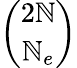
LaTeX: \binom{2\mathbb{N}}{\mathbb{N}_{e}}